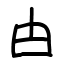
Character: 甴